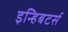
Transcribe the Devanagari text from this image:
इन्हिबटर्स